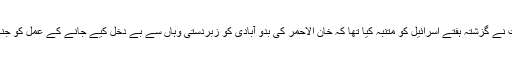
بین الاقوامی فوجداری عدالت نے گزشتہ ہفتے اسرائیل کو متنبہ کیا تھا کہ خان الاحمر کی بدو آبادی کو زبردستی وہاں سے بے دخل کیے جانے کے عمل کو جنگی جرم شمار کیا جائے گا۔